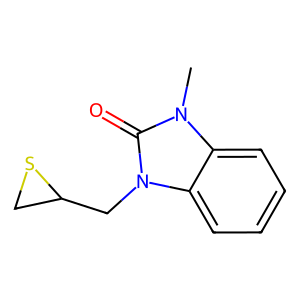
SMILES: Cn1c(=O)n(CC2CS2)c2ccccc21
Inhibits HIV replication: No